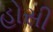
હોસી